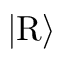
\vert \mathrm { R } \rangle